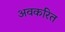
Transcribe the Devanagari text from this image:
अवकरित